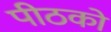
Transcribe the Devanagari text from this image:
पीठको